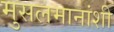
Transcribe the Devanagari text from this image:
मुसलमानांशी